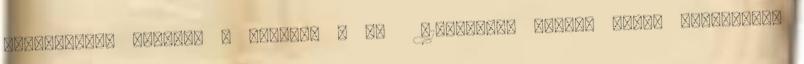
telefonszám helyett a jövőben a 84 310-050-es számon lehet érdeklődni